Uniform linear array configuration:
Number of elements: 32
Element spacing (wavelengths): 0.25
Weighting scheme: kaiser
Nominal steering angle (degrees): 15
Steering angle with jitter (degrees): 16.981
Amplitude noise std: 0.05
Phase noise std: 0.05

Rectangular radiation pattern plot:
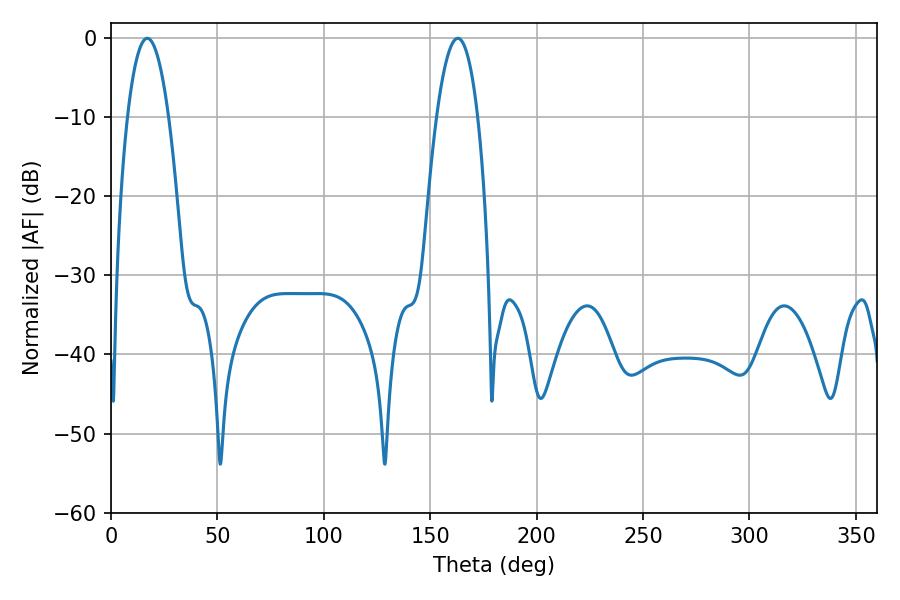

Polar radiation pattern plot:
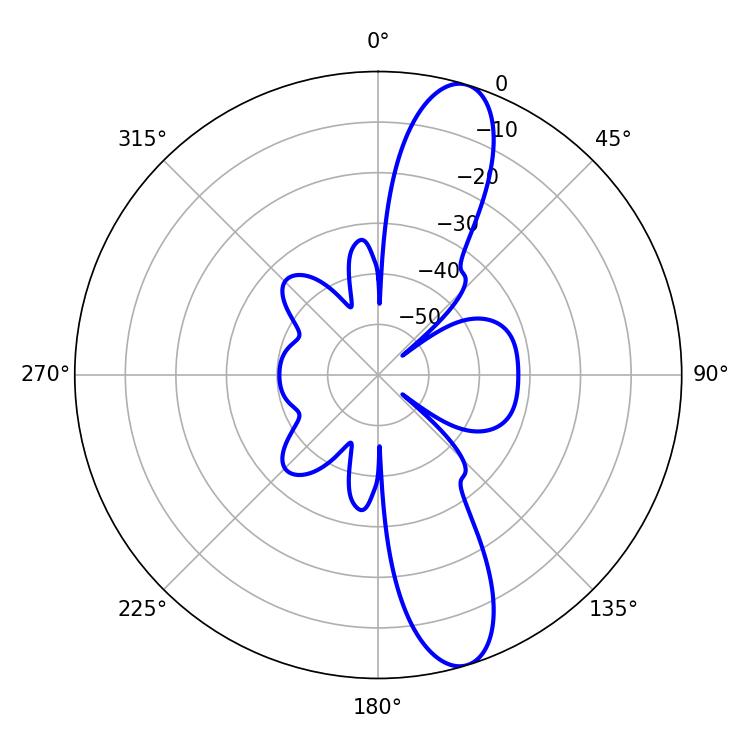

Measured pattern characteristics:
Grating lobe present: FALSE
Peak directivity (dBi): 12.269
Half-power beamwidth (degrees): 10.8
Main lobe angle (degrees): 17.1